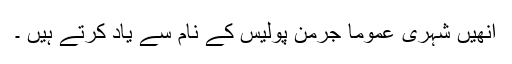
انھیں شہری عموما جرمن پولیس کے نام سے یاد کرتے ہیں ۔